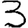
Digit: 3